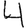
Digit: 4